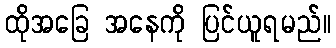
ထိုအခြေ အနေကို ပြင်ယူရမည်။